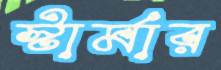
স্টার্মার